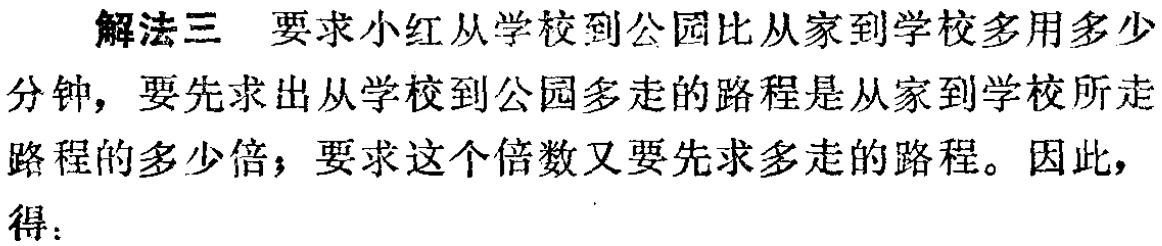
解法三 要求小红从学校到公园比从家到学校多用多少
分钟，要先求出从学校到公园多走的路程是从家到学校所走
路程的多少倍；要求这个倍数又要先求多走的路程。因此，
得：